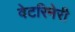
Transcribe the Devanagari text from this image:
वेटरिनेरी